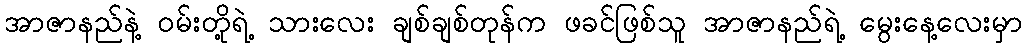
အာဇာနည်နဲ့ ဝမ်းတို့ရဲ့ သားလေး ချစ်ချစ်တုန်က ဖခင်ဖြစ်သူ အာဇာနည်ရဲ့ မွေးနေ့လေးမှာ